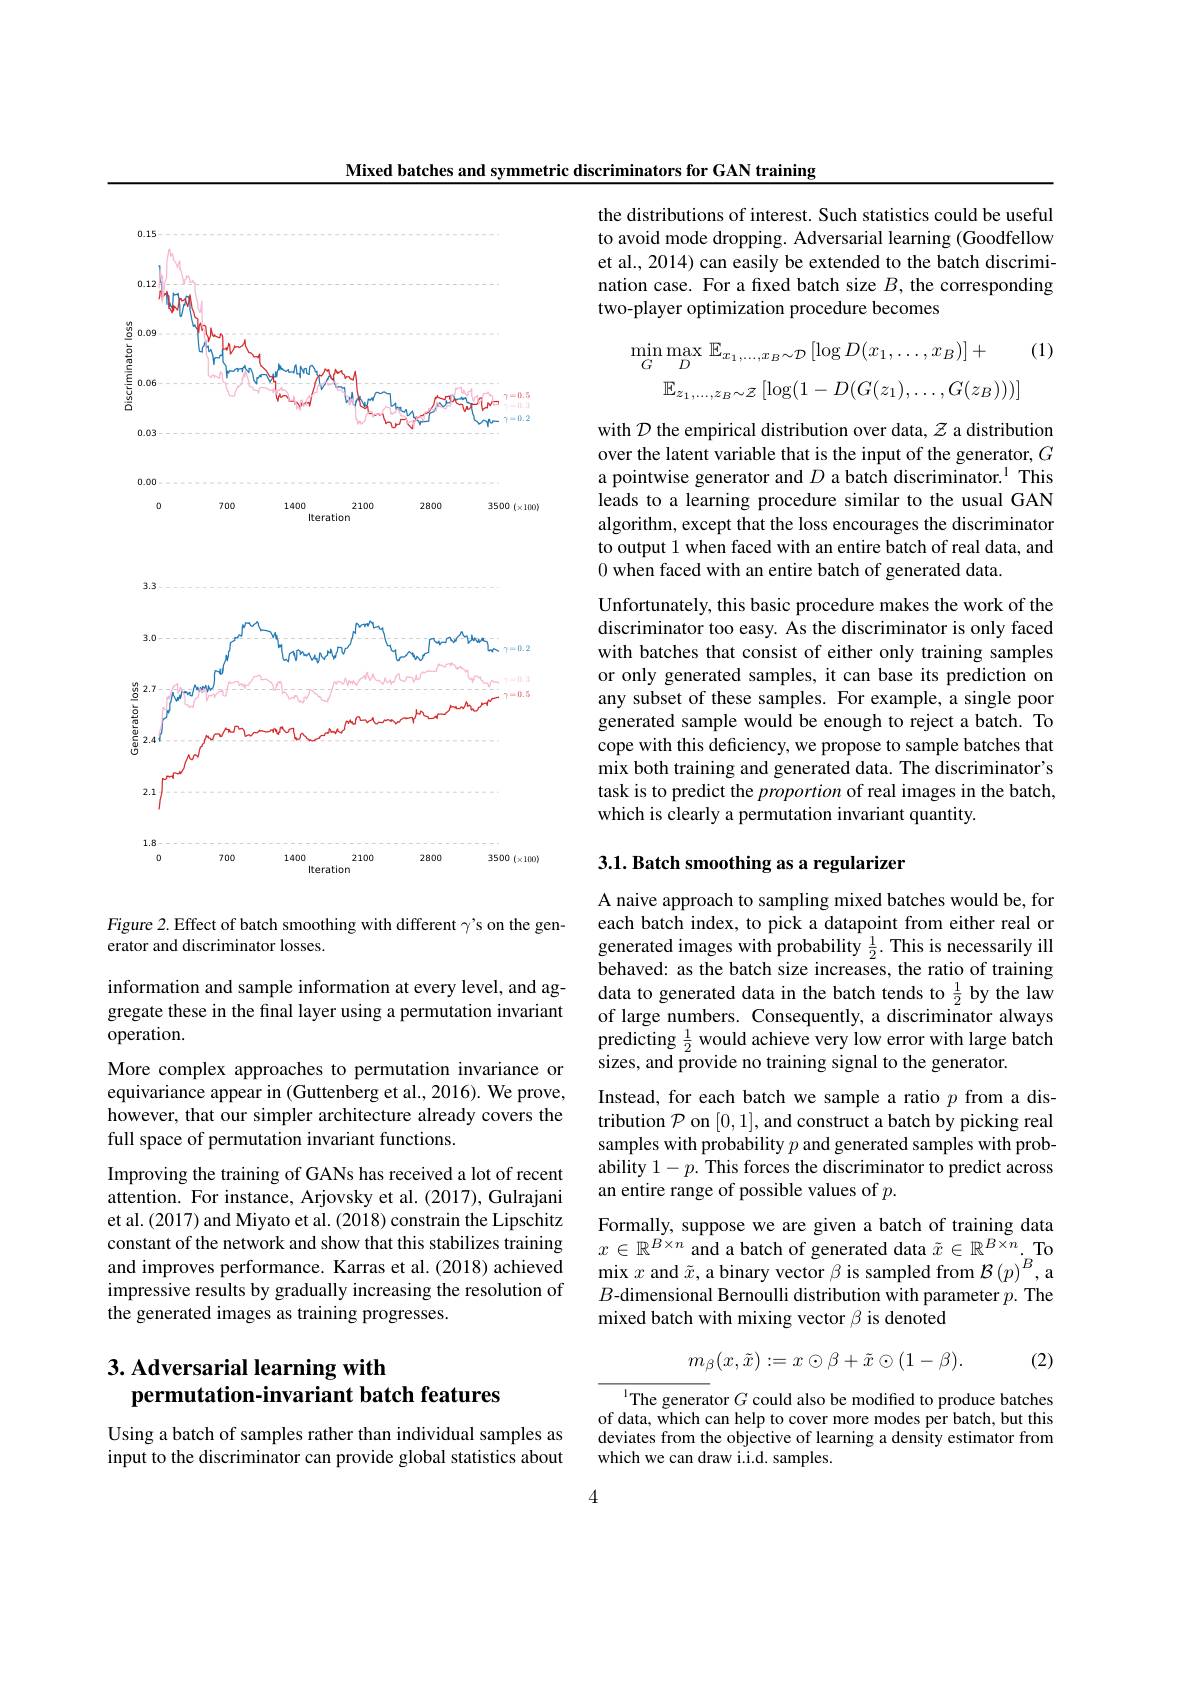
Mixed batches and symmetric discriminators for GAN training

<FigureHere>

Figure 2. Effect of batch smoothing with different γ's on the gen-
erator and discriminator losses.

information and sample information at every level, and aggregate these in the final layer using a permutation invariant### operation.

More complex approaches to permutation invariance or equivariance appear in (Guttenberg et al., 2016). We prove, however, that our simpler architecture already covers the full space of permutation invariant functions.

Improving the training of GANs has received a lot of recent attention. For instance, Arjovsky et al. (2017), Gulrajani et al.(2017) and Miyato et al. (2018) constrain the Lipschitz constant of the network and show that this stabilizes training and improves performance. Karras et al. (2018) achieved impressive results by gradually increasing the resolution of the generated images as training progresses.

# 3. Adversarial learning with permutation-invariant batch features

Using a batch of samples rather than individual samples as input to the discriminator can provide global statistics about

the distributions of interest. Such statistics could be useful to avoid mode dropping. Adversarial learning (Goodfellow et al., 2014) can easily be extended to the batch discrimination case. For a fıxed batch size $B$, the corresponding two-player optimization procedure becomes
$$\operatorname*{min}_{G}\operatorname*{max}_{D}\mathbb{E}_{x_{1},\ldots,x_{B}\sim\mathcal{D}}\left[\log D(x_{1},\ldots,x_{B})\right]+\quad(1)\\\mathbb{E}_{z_{1},\ldots,z_{B}\sim\mathcal{Z}}\left[\log(1-D(G(z_{1}),\ldots,G(z_{B})))\right]$$
with $\mathcal{D}$ the empirical distribution over data, $\mathcal{Z}$ a distribution over the latent variable that is the input of the generator, $G$ a pointwise generator and $D\text{ a batch discriminator.}^{1}$ This leads to a learning procedure similar to the usual GAN algorithm, except that the loss encourages the discriminator to output 1 when faced with an entire batch of real data, and 0 when faced with an entire batch of generated data.

Unfortunately, this basic procedure makes the work of the discriminator too easy. As the discriminator is only faced with batches that consist of either only training samples or only generated samples, it can base its prediction on any subset of these samples. For example, a single poor generated sample would be enough to reject a batch. To cope with this deficiency, we propose to sample batches that mix both training and generated data. The discriminator's task is to predict the proportion of real images in the batch, which is clearly a permutation invariant quantity.

## 3.1. Batch smoothing as a regularizer

A naive approach to sampling mixed batches would be, for each batch index, to pick a datapoint from either real or generated images with probability $\frac12.$ This is necessarily ill behaved: as the batch size increases, the ratio of training data to generated data in the batch tends to $\frac{1}{2}$ by the law of large numbers. Consequently, a discriminator always predicting $\frac12$ would achieve very low error with large batch sizes, and provide no training signal to the generator.
Instead, for each batch we sample a ratio $p$ from a distribution $\mathcal{P}$ on [0,1], and construct a batch by picking real samples with probability $p$ and generated samples with probability $1-p.$ This forces the discriminator to predict across an entire range of possible values of $p.$
Formally, suppose we are given a batch of training data $x\in\mathbb{R}^{B\times n}$ and a batch of generated data $\tilde{x}\in\mathbb{R}^B\times n._{B}$To mix $x$ and $\tilde{x}$, a binary vector $\beta$ is sampled from $\mathcal{B}\left(p\right)^B$, a $B$-dimensional Bernoulli distribution with parameter $p.$ The mixed batch with mixing vector $\beta$ is denoted
$$m_{\beta}(x,\tilde{x}):=x\odot\beta+\tilde{x}\odot(1-\beta).$$
(2)

The generator $G$ could also be modified to produce batches of data, which can help to cover more modes per batch, but this deviates from the objective of learning a density estimator from which we can draw i.i.d. samples.

4